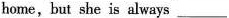
home, but she is always ___